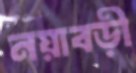
নয়াবড়ী